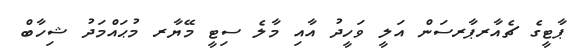
ޕާޓީގެ ޗެއާރޕާރސަން އަލީ ވަހީދު އާއި މާލެ ސިޓީ މޭޔާރ މުޙައްމަދު ޝިހާބް